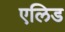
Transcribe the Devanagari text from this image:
एलिड